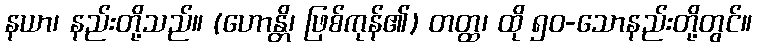
နယာ၊ နည်းတို့သည်။ (ဟောန္တိ၊ ဖြစ်ကုန်၏) တတ္ထ၊ ထို ၅၀-သောနည်းတို့တွင်။